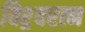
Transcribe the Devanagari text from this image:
विश्र्वरत्न